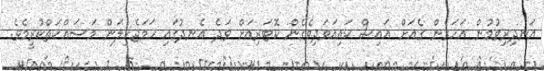
އަނދިރިވުމުން އަހަރެން ގެއަށް އައިސް ކައިއަވަދިވެގެން ކޮޓަރިއަށް ވަދެ އެނދުގައި ހަމަޖެހިލަން މަސައްކަތްކުރީމެވެ.